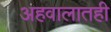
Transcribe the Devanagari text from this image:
अहवालातही